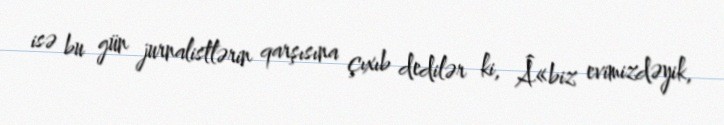
isə bu gün jurnalistlərin qarşısına çıxıb dedilər ki, Â«biz evimizdəyik,